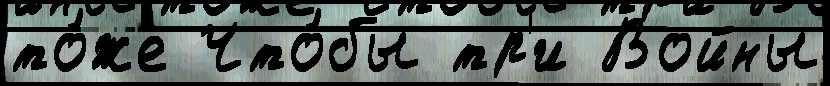
то́же Что́бы тр'и Войны